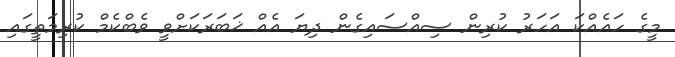
މީގެ ހައެއްކަ އަހަރު ކުރިން ސިއްސައިގެން ދިޔަ އެއް ޚަބަރަކަށްވީ ވެބްކެމް ކުރިމަތީގައި